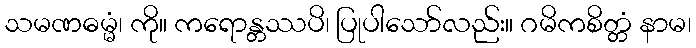
သမဏဓမ္မံ၊ ကို။ ကရောန္တဿပိ၊ ပြုပါသော်လည်း။ ဂမိကစိတ္တံ နာမ၊